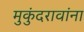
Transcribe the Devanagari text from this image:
मुकुंदरावांना